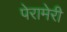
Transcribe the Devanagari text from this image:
पेरामेरी